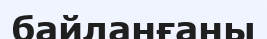
байланғаны